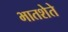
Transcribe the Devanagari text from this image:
भातशेते